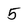
Character: 5